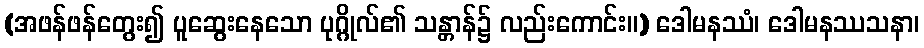
(အဖန်ဖန်တွေး၍ ပူဆွေးနေသော ပုဂ္ဂိုလ်၏ သန္တာန်၌ လည်းကောင်း။) ဒေါမနဿံ၊ ဒေါမနဿသနာ၊